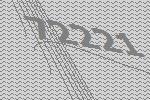
72221